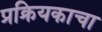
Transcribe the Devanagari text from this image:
प्रक्रियकाचा